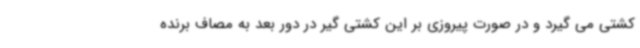
کشتی می گیرد و در صورت پیروزی بر این کشتی گیر در دور بعد به مصاف برنده